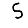
Digit: 5